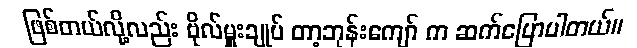
ဖြစ်တယ်လို့လည်း ဗိုလ်မှူးချုပ် တာ့ဘုန်းကျော် က ဆက်ပြောပါတယ်။